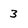
Character: 3